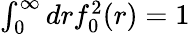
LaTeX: \begin{array}{r}{\int_{0}^{\infty}drf_{0}^{2}(r)=1}\end{array}